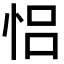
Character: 𢙲